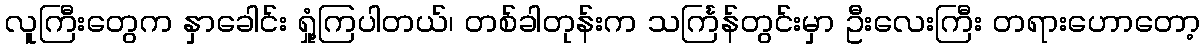
လူကြီးတွေက နှာခေါင်း ရှုံ့ကြပါတယ်၊ တစ်ခါတုန်းက သင်္ကြန်တွင်းမှာ ဦးလေးကြီး တရားဟောတော့